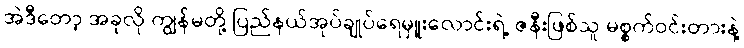
အဲဒီတော့ အခုလို ကျွန်မတို့ ပြည်နယ်အုပ်ချုပ်ရေမှူးလောင်းရဲ့ ဇနီးဖြစ်သူ မစ္စက်ဝင်းတားနဲ့